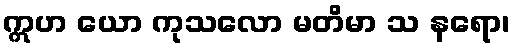
ဣဟ ယော ကုသလော မတိမာ သ နရော၊